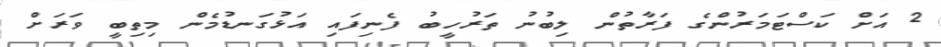
2 އަށް ކަސްޓަމަރުންގެ ފަރާތުން ލިބުނު ތަރުހީބު ފެނިފައި އަޅުގަނޑުމެން މިތިބީ ވަރަށް